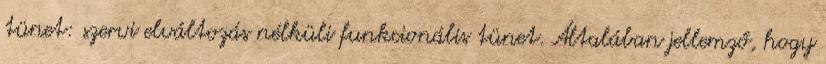
tünet: szervi elváltozás nélküli funkcionális tünet. Általában jellemző, hogy